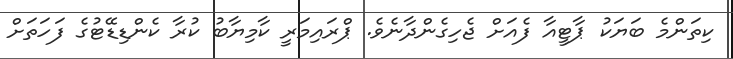
ކިތަންމެ ބަޔަކު ޕާޓީއާ ފެއަށް ޖެހިގެންދާނެވެ. ޕްރައިމަރީ ކާމިޔާބު ކުރާ ކެންޑިޑޭޓުގެ ފަހަތަށް